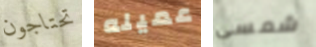
تحتاجون عميله شمسي